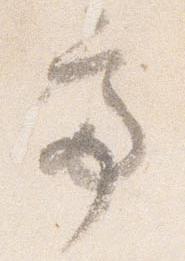
亭